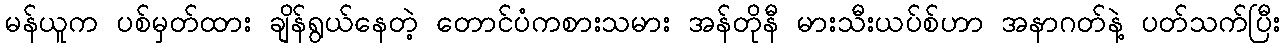
မန်ယူက ပစ်မှတ်ထား ချိန်ရွယ်နေတဲ့ တောင်ပံကစားသမား အန်တိုနီ မားသီးယပ်စ်ဟာ အနာဂတ်နဲ့ ပတ်သက်ပြီး